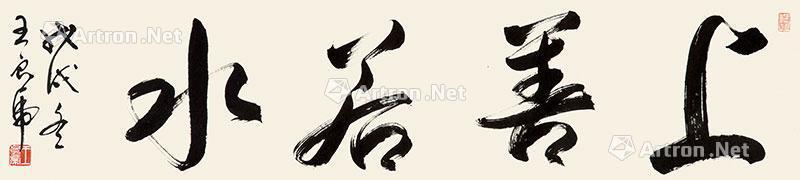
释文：上善若水戊戌冬，王良虎。